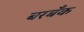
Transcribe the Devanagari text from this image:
बरबँक